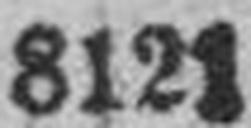
8121